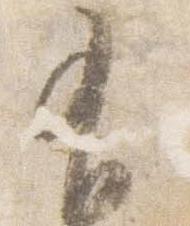
有